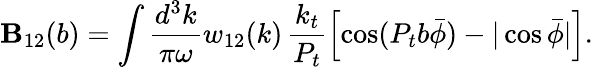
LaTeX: \mathbf{B}_{12}(b)=\int\frac{{d^{3}k}}{{\pi\omega}}w_{12}(k)\, \frac{{k_{t}}}{{P_{t}}}\left[\cos(P_{t}b\bar{{\phi}})-|\cos\bar{{\phi}}|\right].